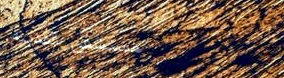
مستشفى المدينة